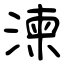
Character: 湅